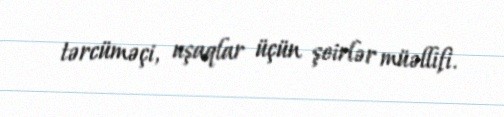
tərcüməçi, uşaqlar üçün şeirlər müəllifi.